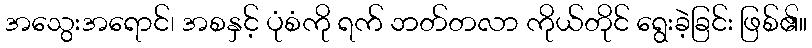
အသွေးအရောင်၊ အစနှင့် ပုံစံကို ရက် ဘတ်တလာ ကိုယ်တိုင် ရွေးခဲ့ခြင်း ဖြစ်၏။